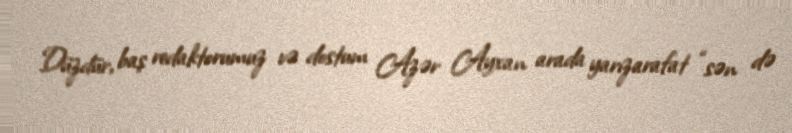
Düzdür, baş redaktorumuz və dostum Azər Ayxan arada yarızarafat “sən də